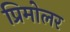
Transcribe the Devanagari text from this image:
प्रिमोलर